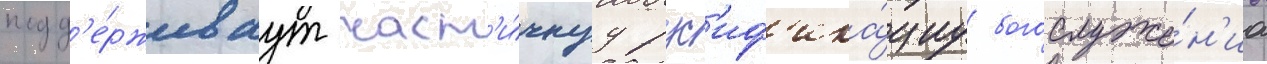
подд'е́рживаут част'и́чнуу рус'иф'ика́циу богослуже́н'иа